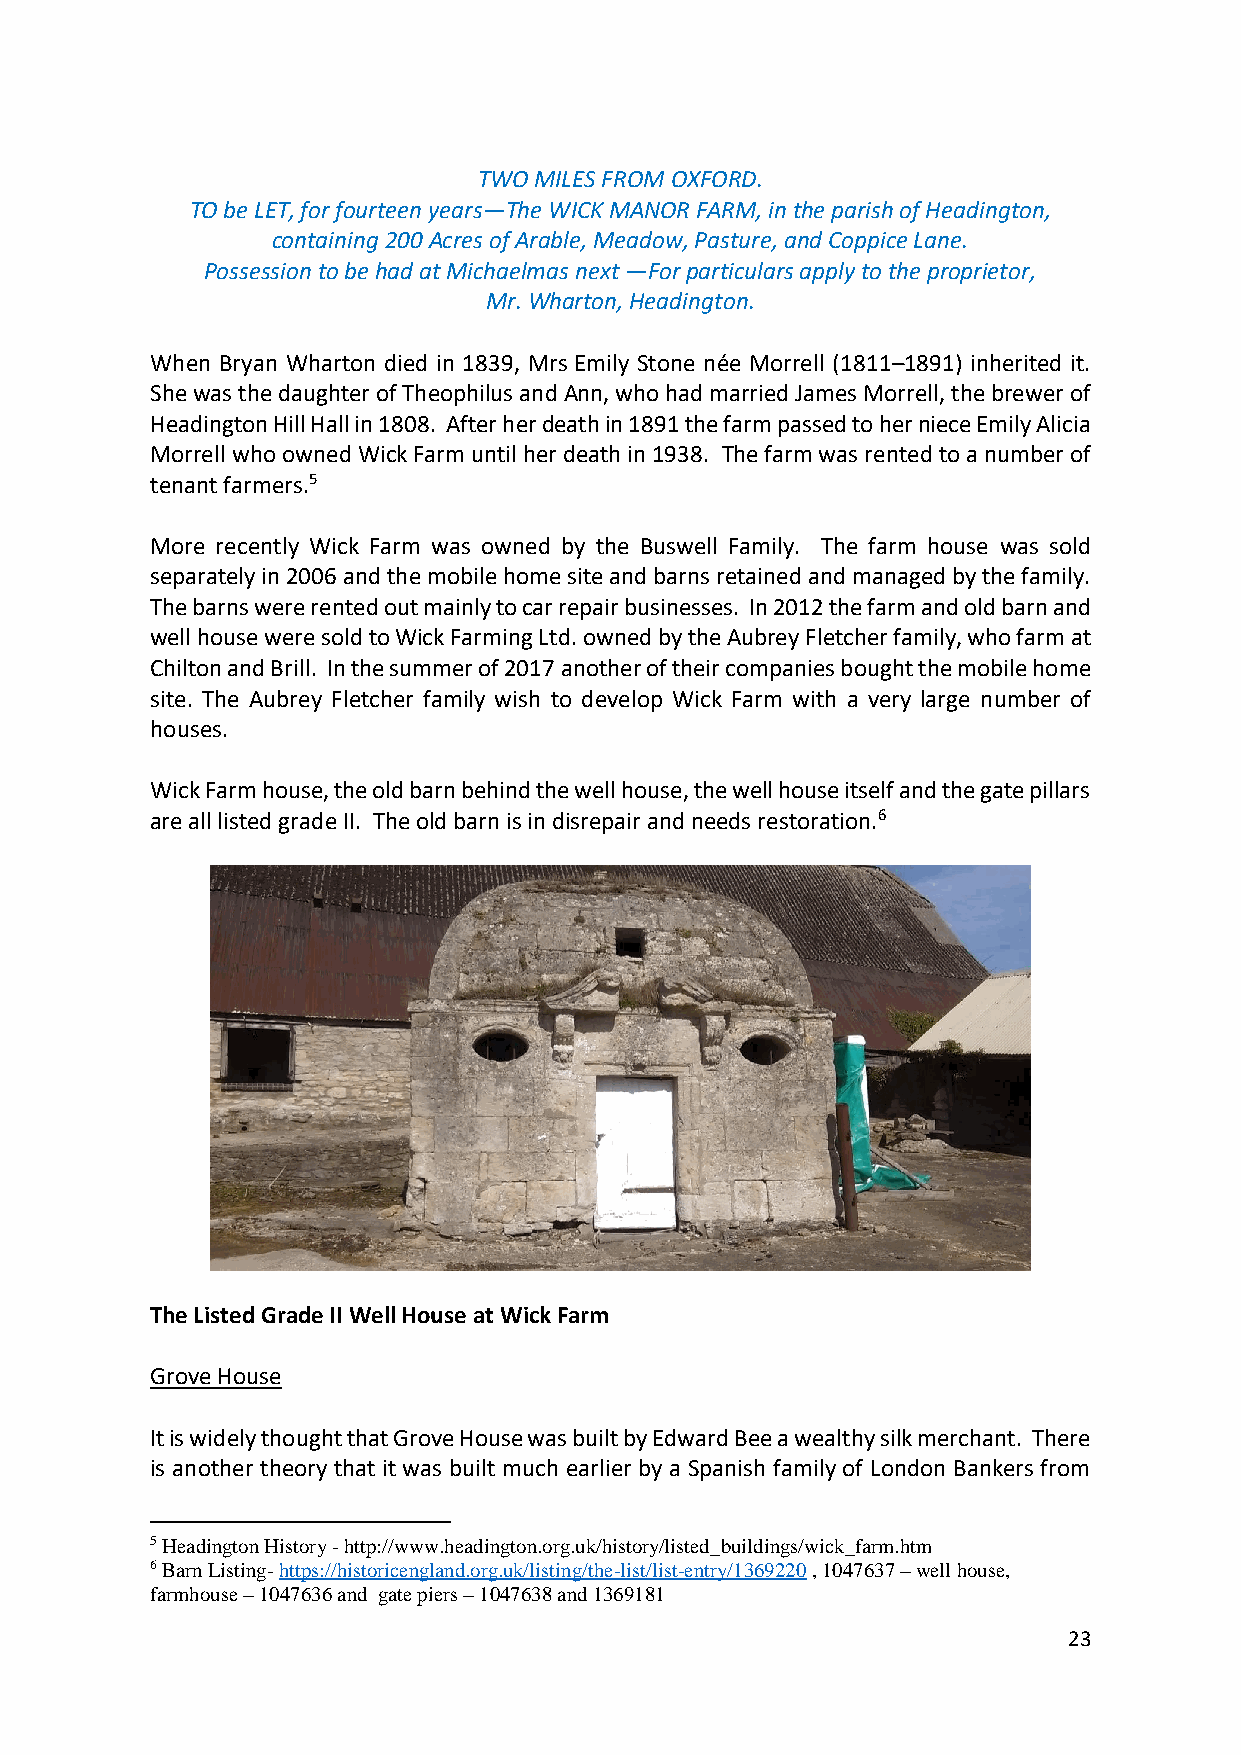
TWO MILES FROM OXFORD.
 TO be LET, for fourteen years—The WICK MANOR FARM, in the parish of Headington,
 containing 200 Acres of Arable, Meadow, Pasture, and Coppice Lane.
 Possession to be had at Michaelmas next —For particulars apply to the proprietor,
 Mr. Wharton, Headington.
 When Bryan Wharton died in 1839, Mrs Emily Stone née Morrell (1811–1891) inherited it.
 She was the daughter of Theophilus and Ann, who had married James Morrell, the brewer of
 Headington Hill Hall in 1808. After her death in 1891 the farm passed to her niece Emily Alicia
 Morrell who owned Wick Farm until her death in 1938. The farm was rented to a number of
 tenant farmers.5
 More recently Wick Farm was owned by the Buswell Family. The farm house was sold
 separately in 2006 and the mobile home site and barns retained and managed by the family.
 The barns were rented out mainly to car repair businesses. In 2012 the farm and old barn and
 well house were sold to Wick Farming Ltd. owned by the Aubrey Fletcher family, who farm at
 Chilton and Brill. In the summer of 2017 another of their companies bought the mobile home
 site. The Aubrey Fletcher family wish to develop Wick Farm with a very large number of
 houses.
 Wick Farm house, the old barn behind the well house, the well house itself and the gate pillars
 are all listed grade II. The old barn is in disrepair and needs restoration.6
 The Listed Grade II Well House at Wick Farm
 Grove House
 It is widely thought that Grove House was built by Edward Bee a wealthy silk merchant. There
 is another theory that it was built much earlier by a Spanish family of London Bankers from
 5 Headington History - http://www.headington.org.uk/history/listed_buildings/wick_farm.htm
 6 Barn Listing- https://historicengland.org.uk/listing/the-list/list-entry/1369220 , 1047637 – well house,
 farmhouse – 1047636 and gate piers – 1047638 and 1369181
 23